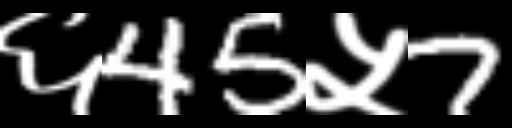
Text: ६45५7